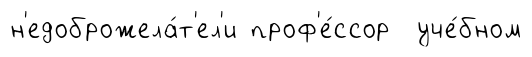
н'едоброжела́т'ел'и проф'е́ссор уче́бном